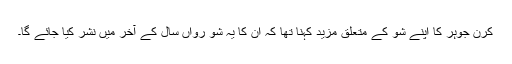
کرن جوہر کا اپنے شو کے متعلق مزید کہنا تھا کہ ان کا یہ شو رواں سال کے آخر میں نشر کیا جائے گا۔